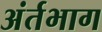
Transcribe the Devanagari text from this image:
अंर्तभाग